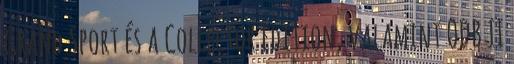
Grand Sport és a Collector Edition, valamint ODB II